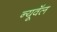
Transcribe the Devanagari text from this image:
न्यूवॅल